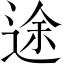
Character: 途